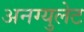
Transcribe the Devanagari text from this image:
अनग्युलेट